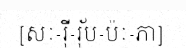
[សៈ-រ៉ី-រ៉័ប-ប៉ៈ-ភា]